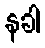
နခါ